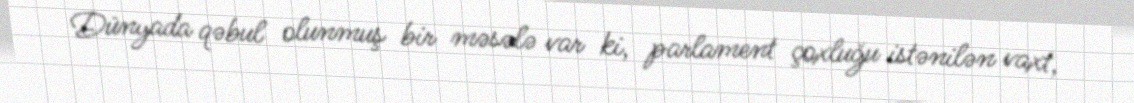
Dünyada qəbul olunmuş bir məsələ var ki, parlament çoxluğu istənilən vaxt,